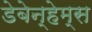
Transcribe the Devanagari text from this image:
डेबेन्हेम्स